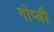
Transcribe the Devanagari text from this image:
गोप्त्री